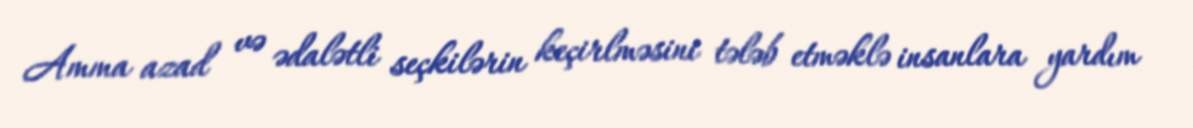
Amma azad və ədalətli seçkilərin keçirlməsini tələb etməklə insanlara yardım